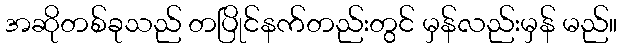
အဆိုတစ်ခုသည် တပြိုင်နက်တည်းတွင် မှန်လည်းမှန် မည်။